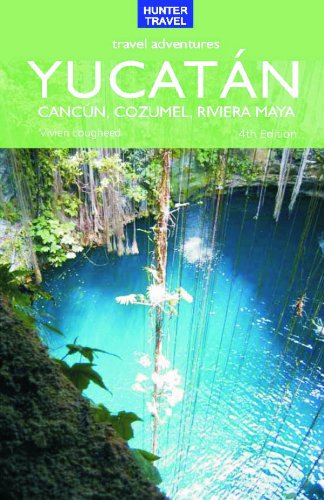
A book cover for Travel Adventures: Yucatan- Cancun, Cozumel, Rivera Maya (Hunter Travel); Vivien Lougheed; Travel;